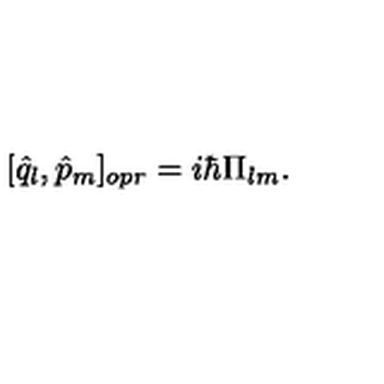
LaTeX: [ { \hat { q } } _ { l } , { \hat { p } } _ { m } ] _ { o p r } = i \hbar \Pi _ { l m } .